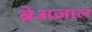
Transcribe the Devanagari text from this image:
ब्रेअज़ाल